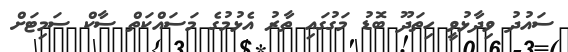
ސައުދު ވިދާޅުވީ ހިތަދޫ ބޮޑު މަގުގައި ތާރު އެޅުމުގެ މަސައްކަތް ސާކް ސަމިޓަށް